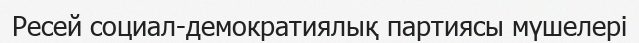
Ресей социал-демократиялық партиясы мүшелері